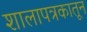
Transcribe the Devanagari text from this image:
शालापत्रकातून